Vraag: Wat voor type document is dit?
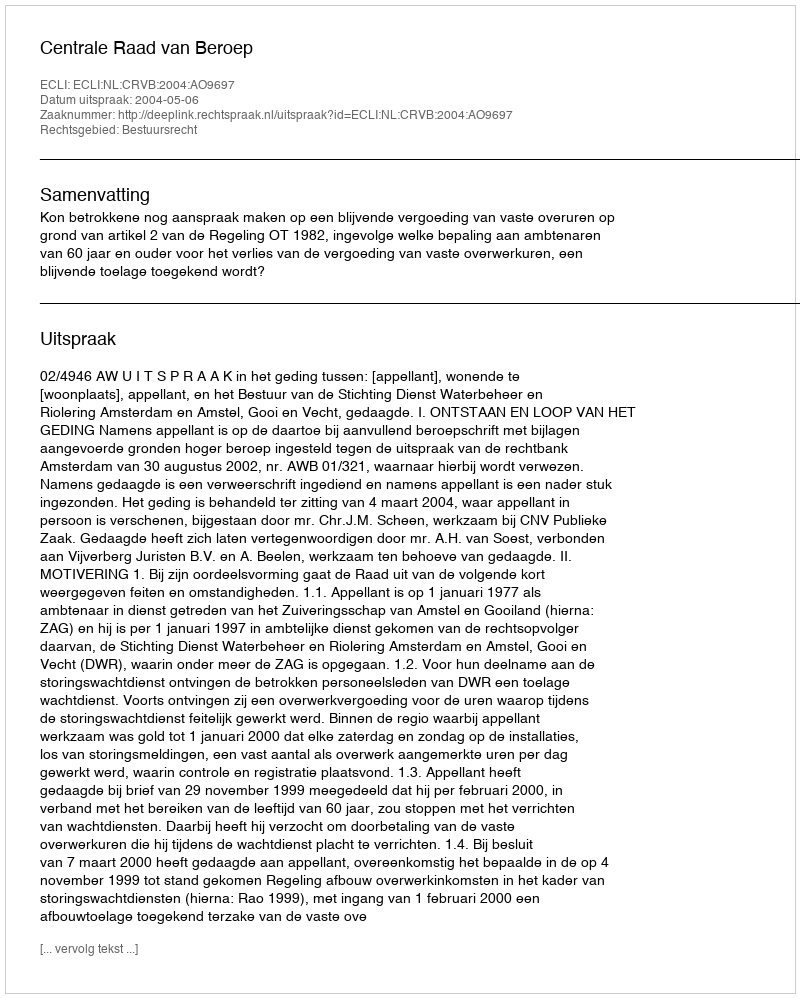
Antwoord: Uitspraak